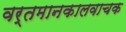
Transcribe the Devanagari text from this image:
वर्तमानकालवाचक